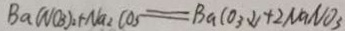
B a ( N O _ { 3 } ) _ { 2 } + N a _ { 2 } C O _ { 3 } = B a C O _ { 3 } \downarrow + 2 N a N O _ { 3 }